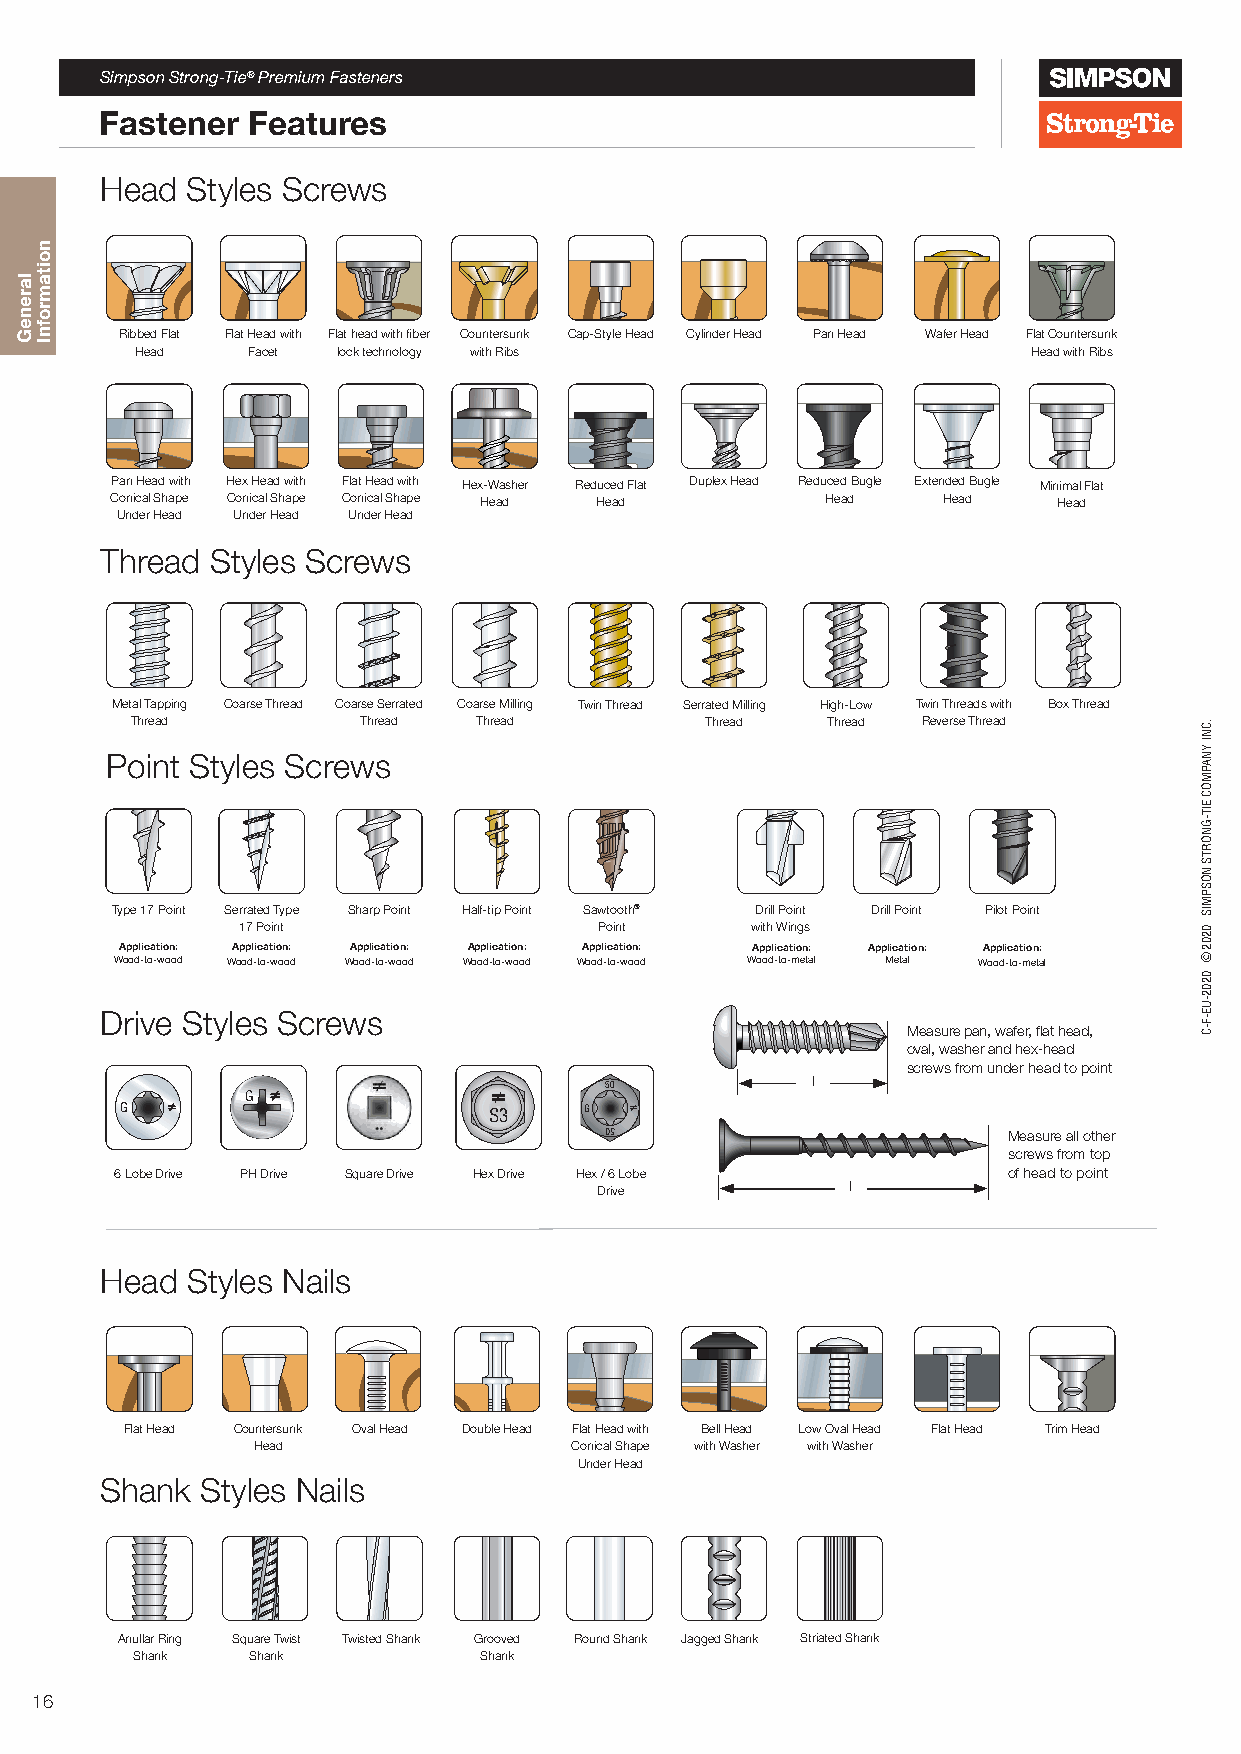
Simpson Strong-Tie® Premium Fasteners
 Fastener Features
 Head Styles Screws
 Ribbed Flat Flat Head with Flat head with fiber Countersunk Cap-Style Head Cylinder Head Pan Head Wafer Head Flat Countersunk Head Facet lock technology with Ribs Head with Ribs
 Pan Head with Hex Head with Flat Head with Hex-Washer Reduced Flat Duplex Head Reduced Bugle Extended Bugle Minimal Flat
 Conical Shape Conical Shape Conical Shape Head Head Head Head  Head
 Under Head Under Head Under Head
 Thread Styles Screws
 Metal Tapping Coarse Thread Coarse Serrated Coarse Milling Twin Thread Serrated Milling High-Low Twin Threads with Box Thread
 Thread         Thread  Thread         Thread  Thread Reverse Thread
 Point Styles Screws
 Type 17 Point Serrated Type Sharp Point Half-tip Point Sawtooth® Drill Point Drill Point Pilot Point
 17 Point                Point     with Wings
 Application: Application: Application: Application: Application: Application: Application: Application:
 Wood-to-wood Wood-to-wood Wood-to-wood Wood-to-wood Wood-to-wood Wood-to-metal Metal Wood-to-metal
 Drive Styles Screws
 Measure pan, wafer, flat head,
 oval, washer and hex-head
 screws from under head to point
 l
 50
 G
 G                       S3     G
 05                         Measure all other
 screws from top
 6 Lobe Drive PH Drive Square Drive Hex Drive Hex / 6 Lobe  of head to point
 Drive           l
 Head Styles Nails
 Flat Head Countersunk Oval Head Double Head Flat Head with Bell Head Low Oval Head Flat Head Trim Head
 Head                 Conical Shape with Washer with Washer
 Under Head
 Shank Styles Nails
 Anullar Ring Square Twist Twisted Shank Grooved Round Shank Jagged Shank Striated Shank
 Shank   Shank          Shank
 16
 lareneG
 noitamrofnI
 G
 G
 G
 GX
 G
 200
 G
 G
 200
 G
 65
 05
 G
 G
 G
 65
 50
 GG
 X
 G
 G
 X
 G
 G
 G
 G
 XX
 G
 G
 GG
 .CNI
 YNAPMOC
 EIT-GNORTS
 NOSPMIS
 0202©
 0202-UE-F-C